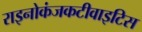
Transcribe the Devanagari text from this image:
राइनोकंजकटीवाइटिस